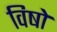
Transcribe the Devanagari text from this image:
विषो